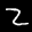
Label: 2